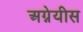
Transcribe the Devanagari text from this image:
अग्नेयीस